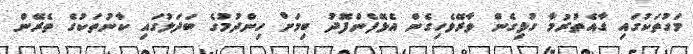
މަގުތަކުގައި ގާއެތުރުމާ ގުޅިގެން ވާރޭވެހިގެން އެޅޭފެންފޮދު ބިމަށް ހިންދުމުގެ ބަދަލުގައި ކާނުތަކުގެ ތެރޭން